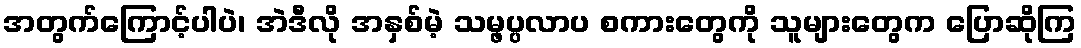
အတွက်ကြောင့်ပါပဲ၊ အဲဒီလို အနှစ်မဲ့ သမ္ဖပ္ပလာပ စကားတွေကို သူများတွေက ပြောဆိုကြ